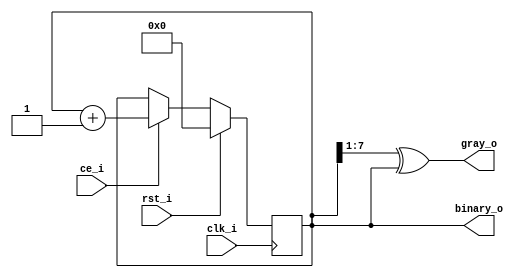
`default_nettype none

module gray_code_counter
#(
	parameter WIDTH = 8
)
(
	input wire rst_i,
	input wire clk_i,
	input wire ce_i,
	output reg [WIDTH-1:0] binary_o,
	output wire [WIDTH-1:0] gray_o
);

`ifdef FORMAL
reg f_past_valid;
initial f_past_valid = 1'b0;
always @(posedge clk_i) begin
	f_past_valid <= 1'b1;
end

integer f_bitcount;
integer f_idx;

always @(posedge clk_i) begin
	if (f_past_valid) begin
		if ($past(ce_i) && !$past(rst_i)) begin
			assert(binary_o == $past(binary_o) + 1'b1);
			f_bitcount = 0;
			for (f_idx = 0; f_idx < WIDTH; f_idx = f_idx + 1) begin
				f_bitcount = f_bitcount + ($past(gray_o[f_idx]) ^ gray_o[f_idx]);
			end
			assert(f_bitcount == 1);
		end
		if (!$past(ce_i) && !$past(rst_i)) begin
			assert(binary_o == $past(binary_o));
			restrict(gray_o == $past(gray_o));
		end
		if ($past(rst_i)) begin
			assert(binary_o == {WIDTH{1'b0}});
			restrict(gray_o == {WIDTH{1'b0}});
		end
	end
end
`endif

always @(posedge clk_i) begin
	if (rst_i) begin
		binary_o <= {WIDTH{1'b0}};
	end
	else if (ce_i) begin
		binary_o <= binary_o + 1'b1;
	end
end

assign gray_o = (binary_o >> 1) ^ binary_o;

endmodule